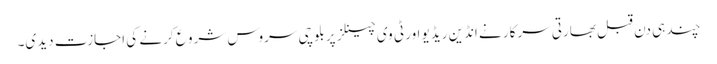
چند ہی دن قبل بھارتی سرکار نے انڈین ریڈیو اور ٹی وی چینلز پر بلوچی سروس شرو ع کرنے کی اجازت دیدی۔